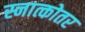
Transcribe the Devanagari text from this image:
स्नात्कोतर